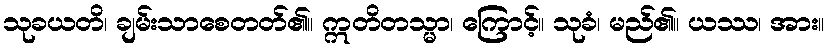
သုခယတိ၊ ချမ်းသာစေတတ်၏။ ဣတိတသ္မာ၊ ကြောင့်။ သုခံ၊ မည်၏။ ယဿ၊ အား။